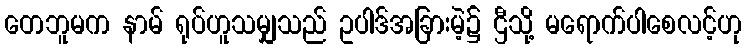
တေဘူမက နာမ် ရုပ်ဟူသမျှသည် ဥပါဒ်အခြားမဲ့၌ ဌီသို့ မရောက်ပါစေလင့်ဟု